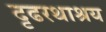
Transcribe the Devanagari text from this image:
दृढरथाश्रय